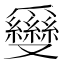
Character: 𠮗